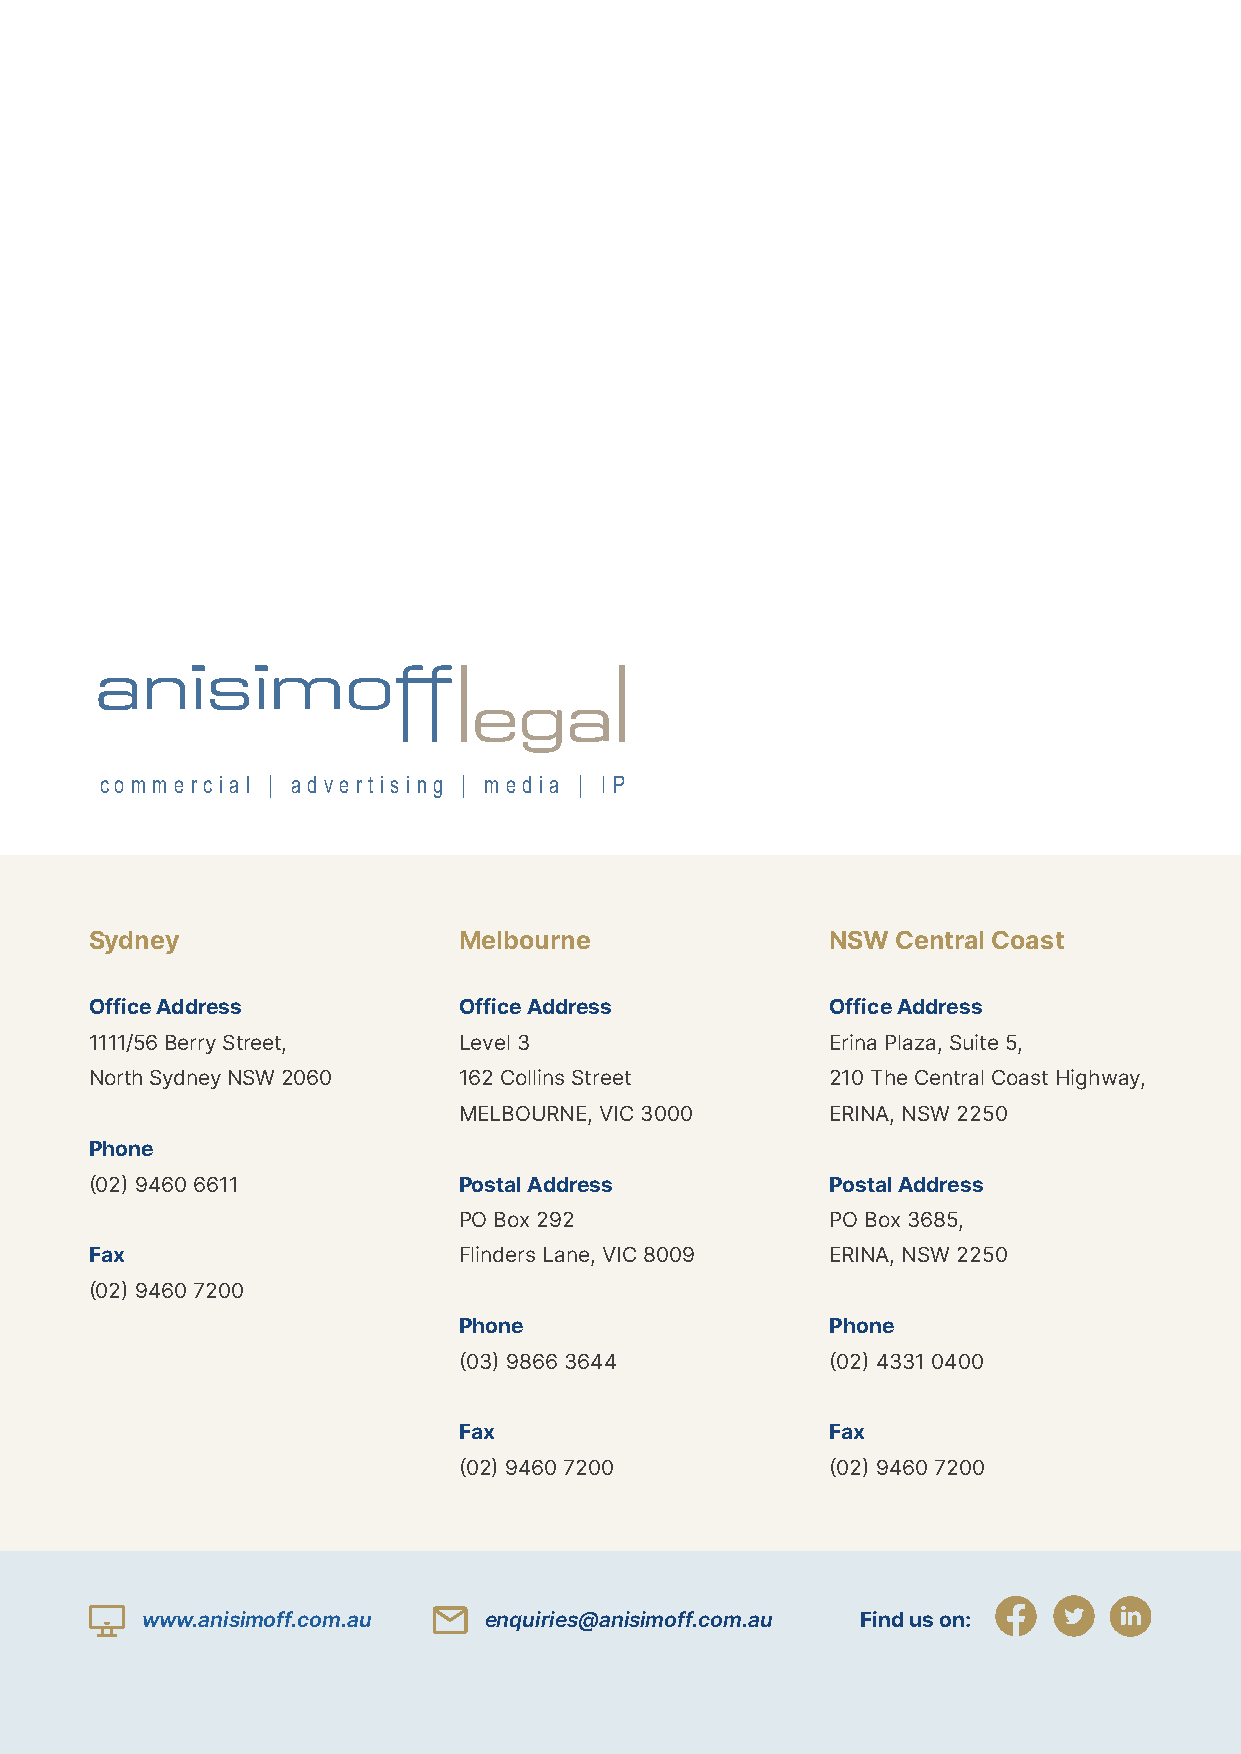
c o m m e r c i a l | a d v e r t i s i n g | m e d i a | I P
 Sydney                  Melbourne                NSW Central Coast
 Office Address          Office Address           Office Address
 1111/56 Berry Street,   Level 3                  Erina Plaza, Suite 5,
 North Sydney NSW 2060   162 Collins Street       210 The Central Coast Highway,
 MELBOURNE, VIC 3000      ERINA, NSW 2250
 Phone
 (02) 9460 6611          Postal Address           Postal Address
 PO Box 292               PO Box 3685,
 Fax                     Flinders Lane, VIC 8009  ERINA, NSW 2250
 (02) 9460 7200
 Phone                    Phone
 (03) 9866 3644           (02) 4331 0400
 Fax                      Fax
 (02) 9460 7200           (02) 9460 7200
 www.anisimoff.com.au   enquiries@anisimoff.com.au Find us on: